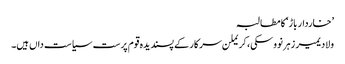
’خاردار باڑ‘ کا مطالبہ
ولادیمیر زہرنووسکی، کریملن سرکار کے پسندیدہ قوم پرست سیاست داں ہیں۔